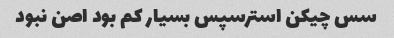
سس چیکن استرسپس بسیار کم بود اصن نبود